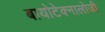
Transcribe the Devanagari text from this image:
बायोटेक्नालोजी